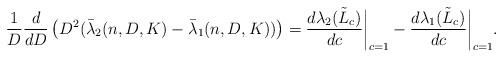
LaTeX: \begin{align*}\frac{1}{D}\frac{d}{dD}\left(D^2(\bar{\lambda}_2(n,D,K)-\bar{\lambda}_1(n,D,K))\right) =\frac{d\lambda_2(\tilde{L}_c)}{dc}\biggr|_{c=1} - \frac{d\lambda_1(\tilde{L}_c)}{dc}\biggr|_{c=1}. \end{align*}